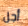
أجل